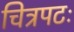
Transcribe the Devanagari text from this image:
चित्रपटः